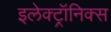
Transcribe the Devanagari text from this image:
इलेक्ट्रॉनिक्स